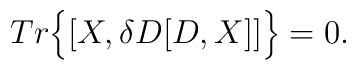
Tr \Big\{ [X,\delta D[D,X]] \Big\}=0.